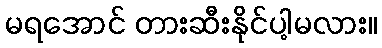
မရအောင် တားဆီးနိုင်ပါ့မလား။